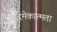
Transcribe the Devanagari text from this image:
इदमेकात्मता